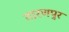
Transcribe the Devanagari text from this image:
तारणपुर